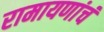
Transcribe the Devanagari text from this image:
रामायणांचं